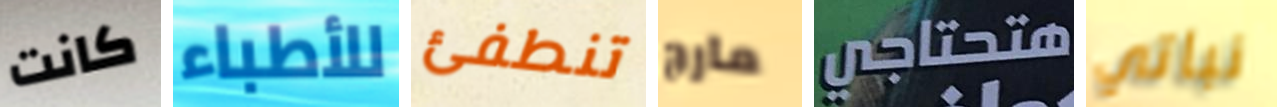
كانت للأطباء تنطفئ مارج هتحتاجي نباتي